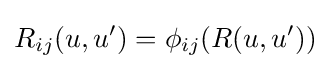
R_{ij}(u,u')=\phi _{ij}(R(u,u'))